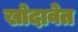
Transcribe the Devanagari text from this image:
खोदावेत